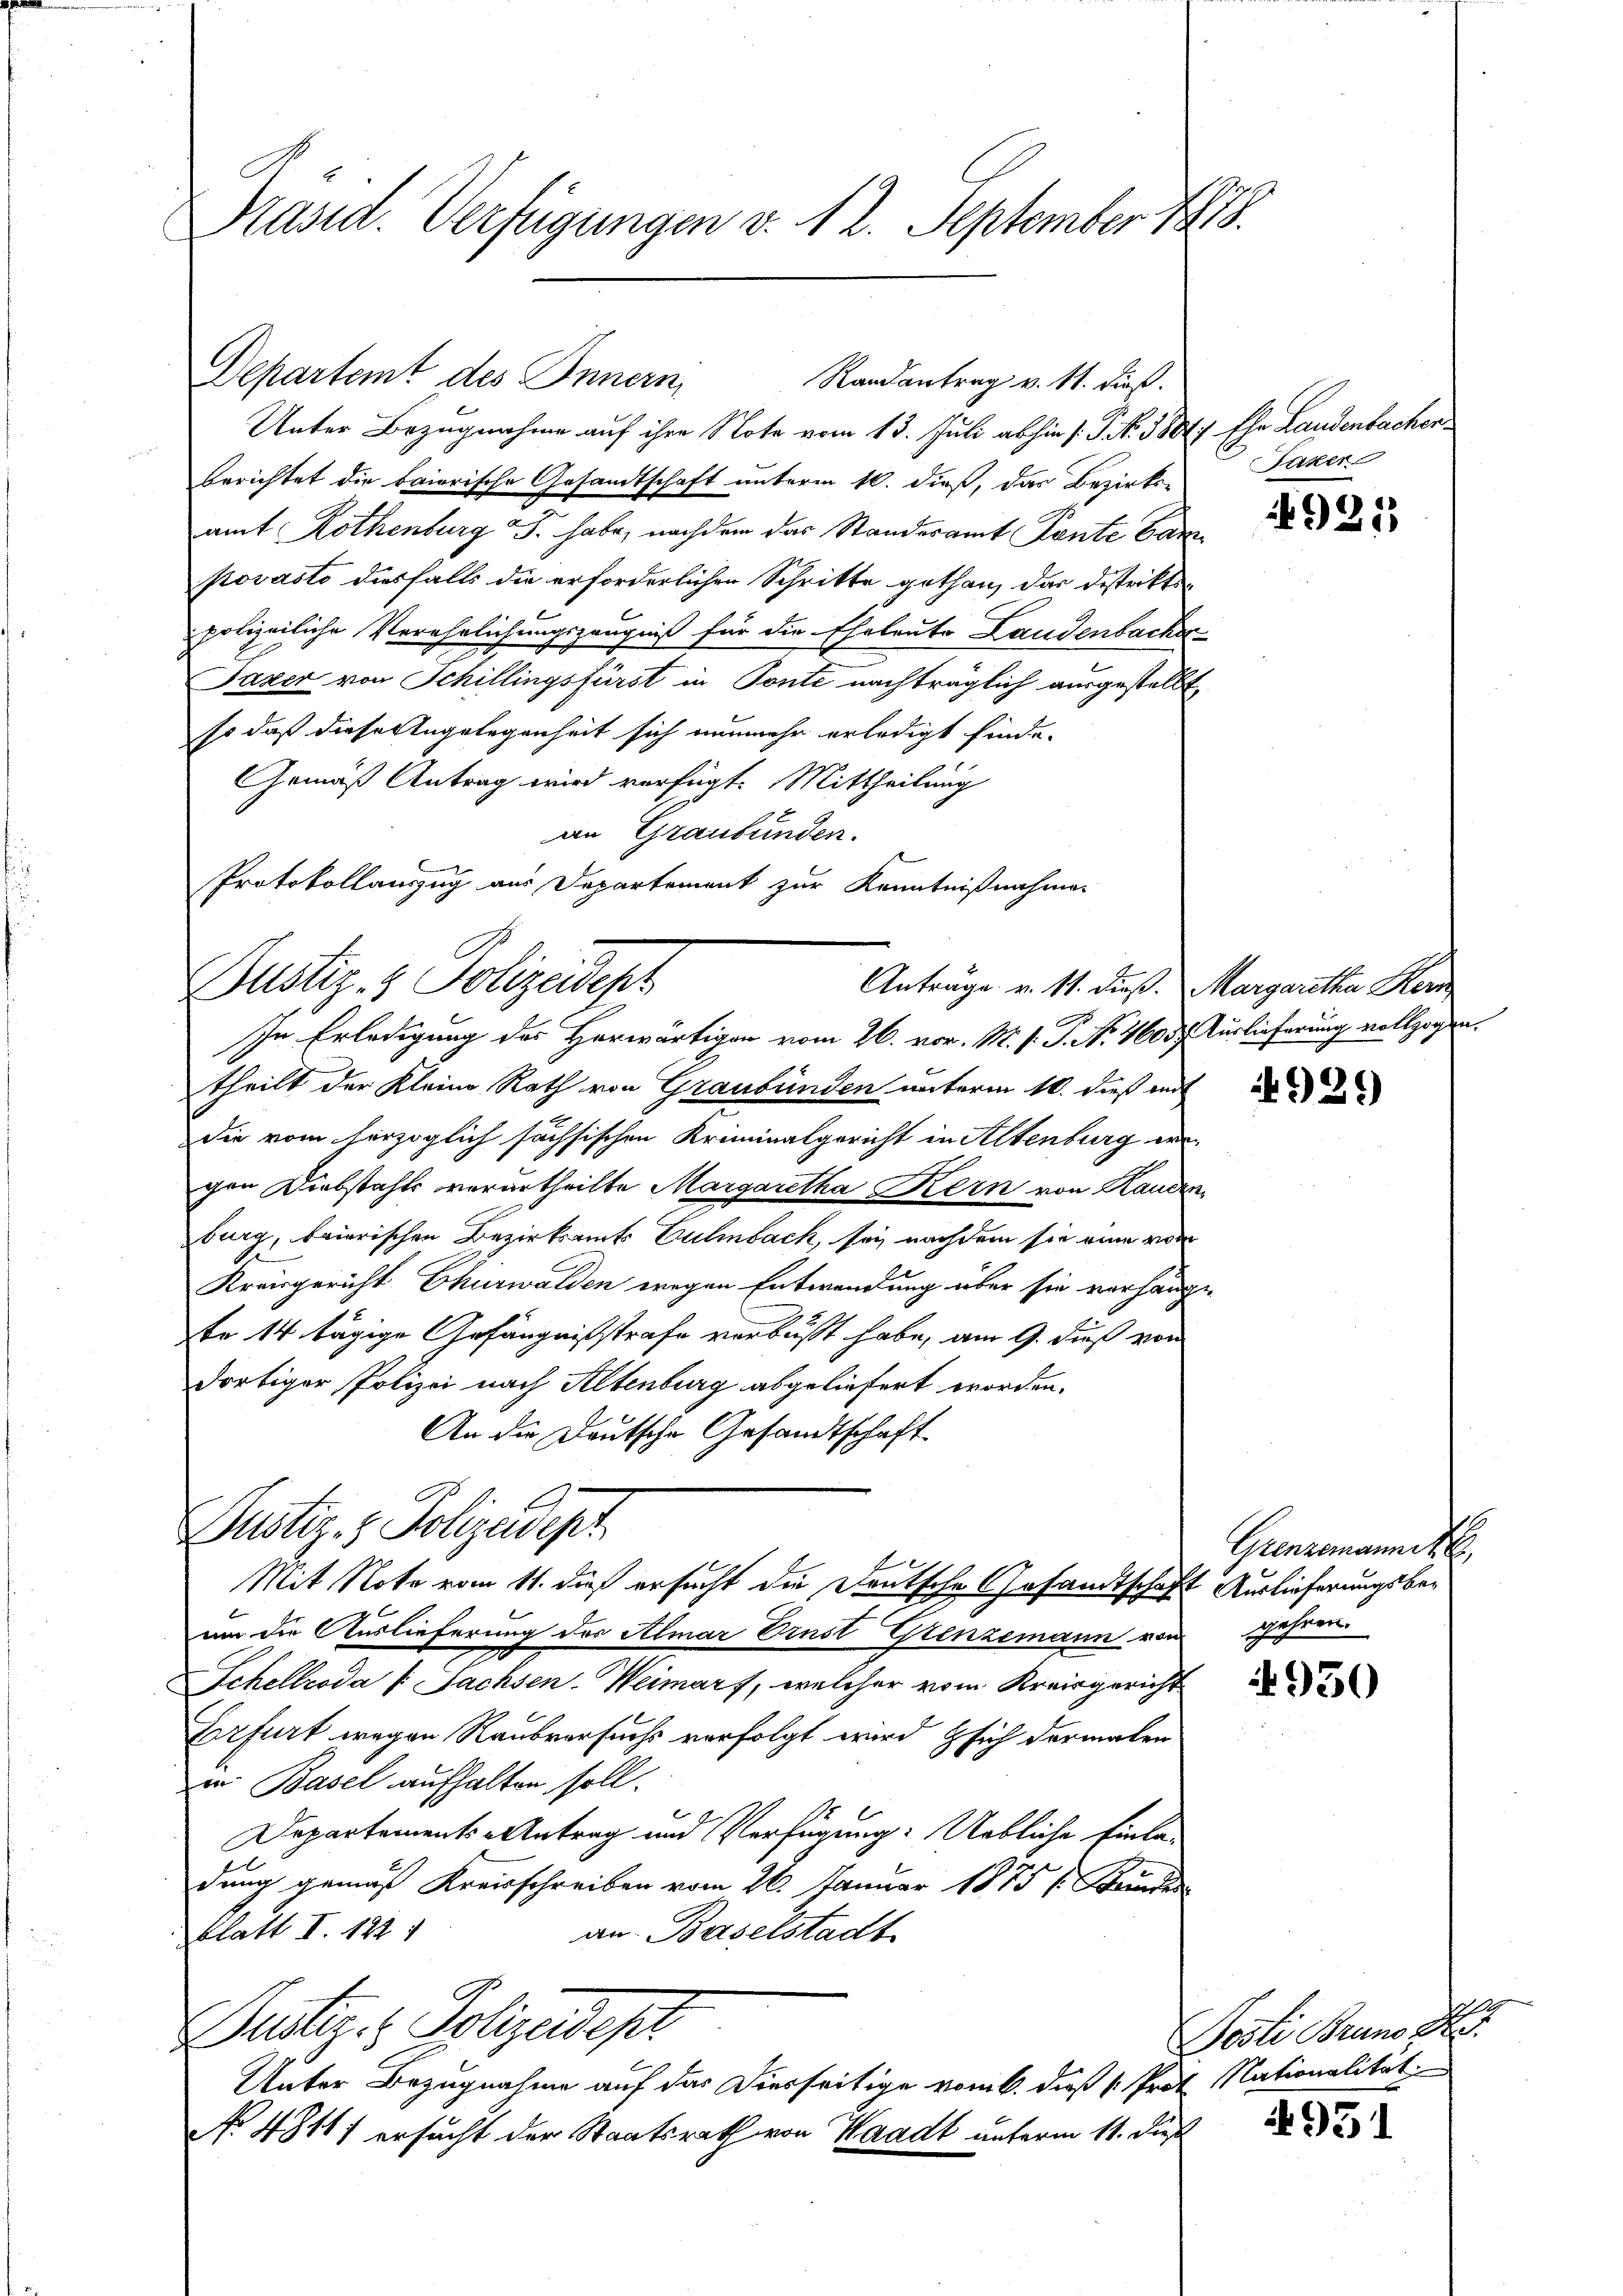
Präsid. Verfügungen v. 12. September 1878.

Departemt des Innern,

Unter Bezugnahme auf ihre Note vom 13. Juli abhin (3 No 1881) Ehr Landenbachenberichtet die baierische Gesandtschaft unterm 16. dieß, das Bezirks-
amt Rothenburg J. habe, nachdem das Standesamt Rente Canz
povasto diesfalls die erforderlichen Schritte gethan, das Distrikts-
polizeiliche Verehrlichungszeugniß für die Eheleute Landenbacher
Pazer von Schillingsfürst in Ponte nachträglich ausgestellt,
so daß diese Angelegenheit sich nunmehr erledigt finde.
Gemäß Antrag wird verfügt: Mittheilung
an Graubünden.
Protokollauszug aus Departement zur Kenntnißnahmen

Justiz- & Polizeideph
Anträge v. 11. dieß. Margaretha Ker
In Erledigung des Herwärtigen vom 26. vor. M. h. T. No. 4603. Auslieferung vollzogen,

Randantrag v. 11. dieß.

theilt der Kleine Rath von Graubünden unterm 10. dieß und
die vom herzoglich sächsischen Kriminalgericht in Altenburg ergen Diebstahls verurtheilte Margaretha Kern von Kanden
burg, baierischen Bezirksamts Culmbach, sei nachdem sie eine von
Kreisgericht Churwalden wegen Entwendung über sie vorhange
te 14 tägige Gefängnißstrafe verbüßt habe, am 9. dieß von
dortiger Polizei nach Altenburg abgeliefert worden.
An die Deutsche Gesandtschaft.
Justiz- & Polizeidept
Mit Note vom 11. dieß ersucht die Deutsche Gesandtschaft Auslieferungsbeum die Auslieferung des Almar Ernst Grenzemann von Jahren.
Schellroda /: Sachsen-Weimarf, welcher vom Kreisgericht
Erfurt wegen Raubversuchs verfolgt wird sich dermalen
in Basel aufhalten soll.
Departements-Antrag und Verfügung: Uebliche Einladung gemäß Kreisschreiben vom 26. Januar 1875 s. Bunder
an Baselstadt
blatt I. 122
Dustiz- & Polizeidest
Unter Bezugnahme auf das Diesseitige vom 6. dieß v. Prof. Nationalität.
No 48111 ersucht der Staatsrath von Waadt unterm 11. Dies

Jaker

921

929

Grenzenannte,

930

Pesli Bruno Hr.

4951

A